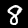
Label: 8